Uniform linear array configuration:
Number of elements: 32
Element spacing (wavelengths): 1
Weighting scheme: hann
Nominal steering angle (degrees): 45
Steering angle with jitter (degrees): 45.165
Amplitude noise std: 0.05
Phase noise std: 0.05

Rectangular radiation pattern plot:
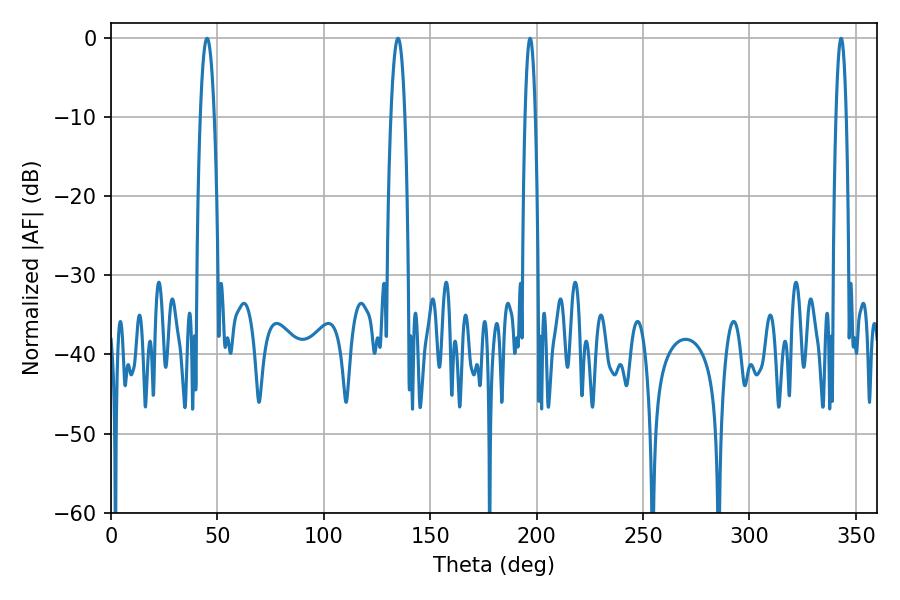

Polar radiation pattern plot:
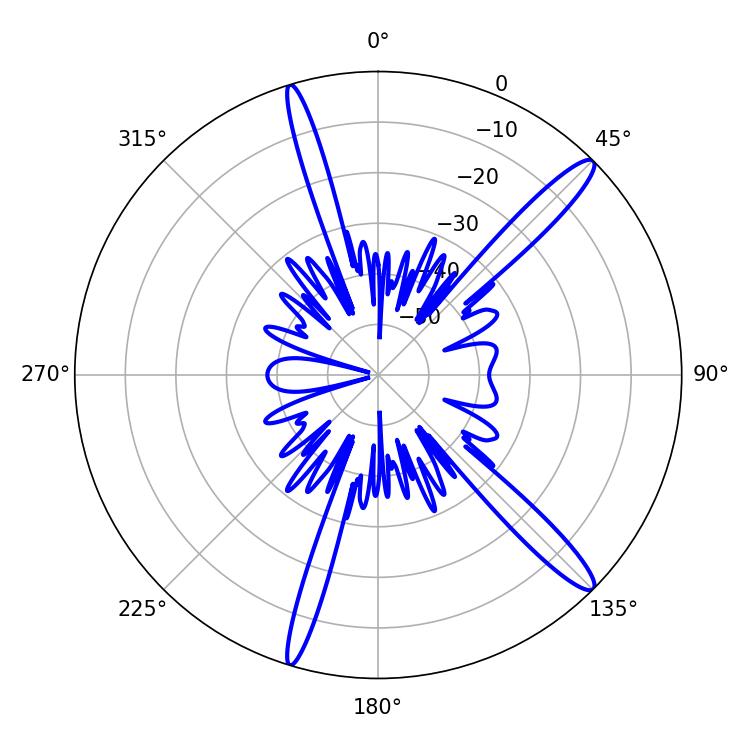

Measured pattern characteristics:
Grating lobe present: TRUE
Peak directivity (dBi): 14.671
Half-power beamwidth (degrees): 2.52
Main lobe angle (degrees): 196.92